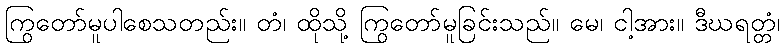
ကြွတော်မူပါစေသတည်း။ တံ၊ ထိုသို့ ကြွတော်မူခြင်းသည်။ မေ၊ ငါ့အား။ ဒီဃရတ္တံ၊